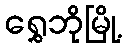
ရွှေဘိုမြို့